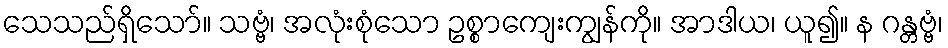
သေသည်ရှိသော်။ သဗ္ဗံ၊ အလုံးစုံသော ဥစ္စာကျေးကျွန်ကို။ အာဒါယ၊ ယူ၍။ န ဂန္တဗ္ဗံ၊